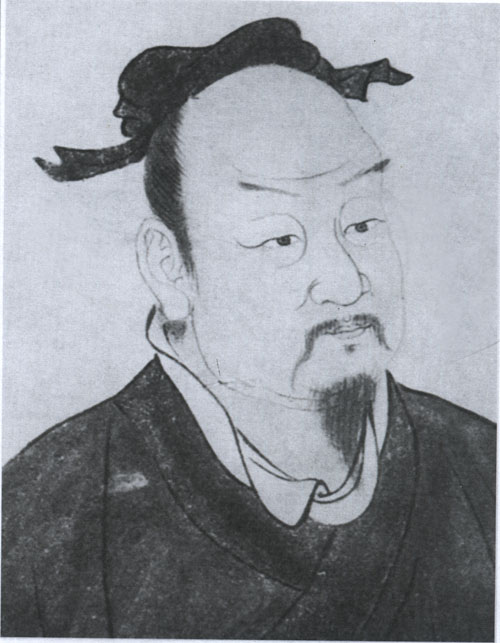
棘枝风哭酸，桐叶霜颜高。